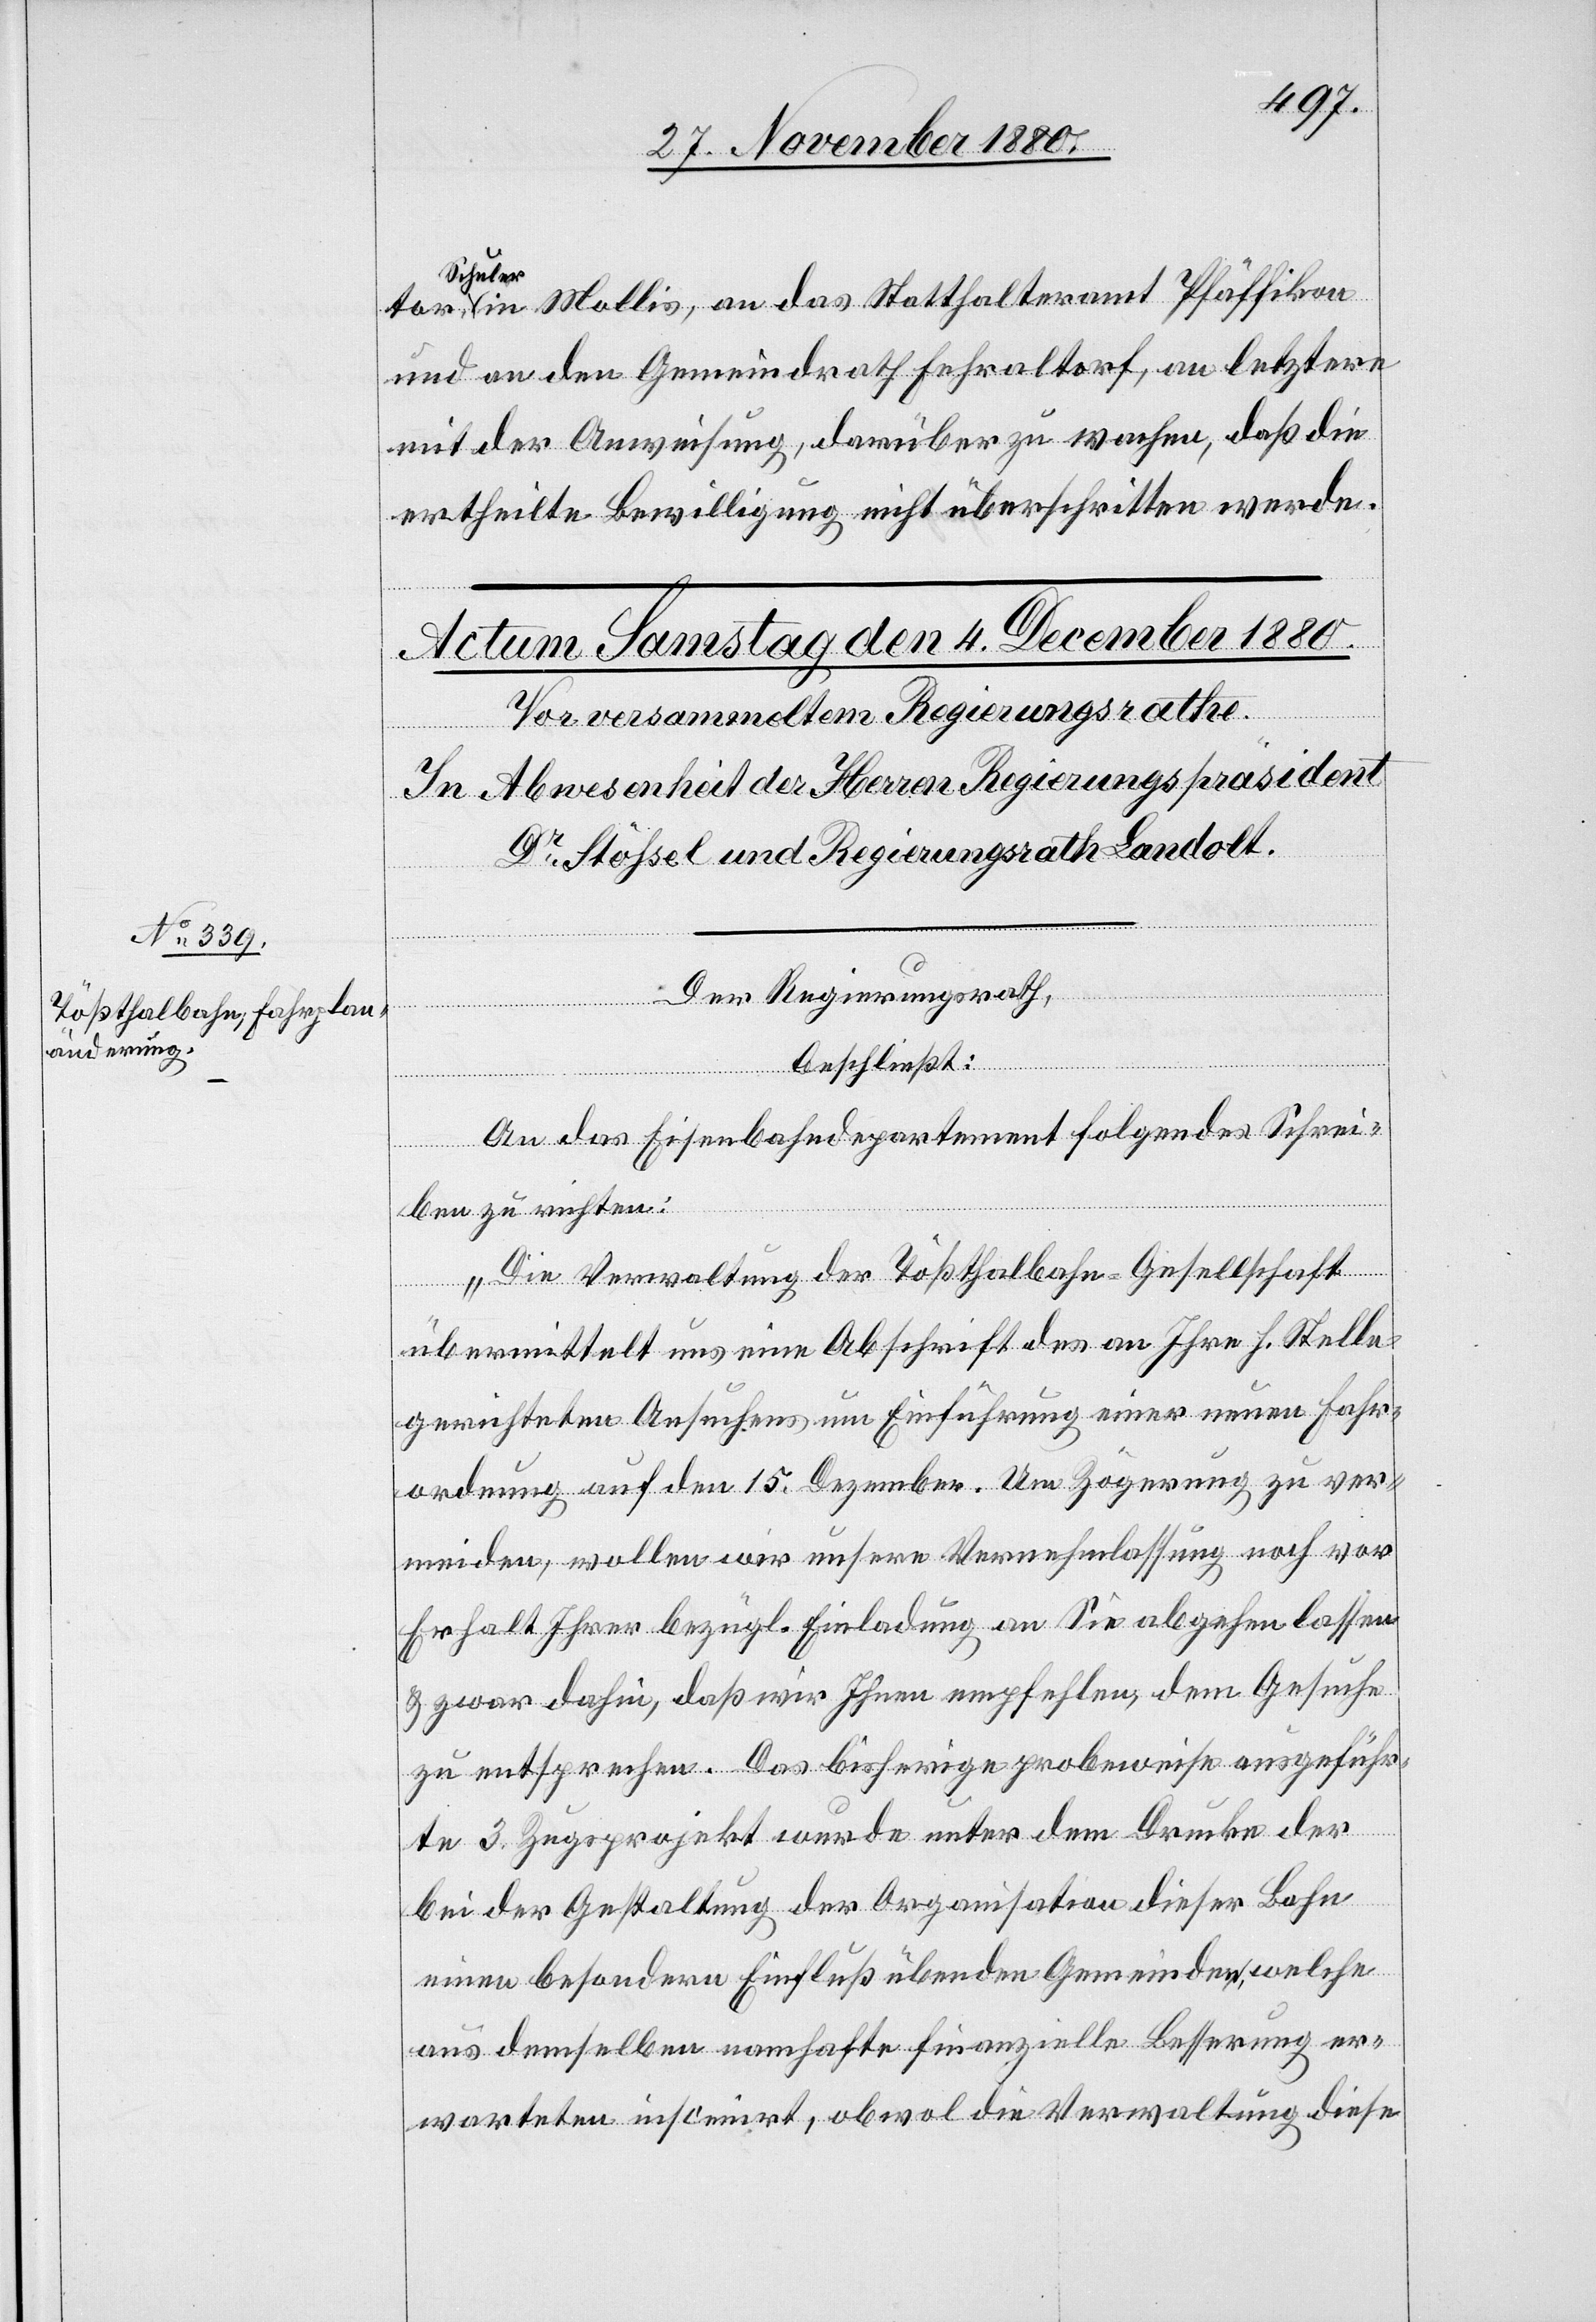
Schuler,
in Mollis, an das Statthalteramt Pfäffikon
und an den Gemeindrath Fehraltorf, an letztern
mit der Anweisung, darüber zu wachen, daß die
ertheilte Bewilligung nicht überschritten werde.
Der Regierungsrath,
beschließt:
An das Eisenbahndepartement folgendes Schrei¬
ben zu richten:
„Die Verwaltung der Tößthalbahn-Gesellschaft
übermittelt uns eine Abschrift des an Ihre h. Stelle
gerichteten Ansuchens um Einführung einer neuen Fahr¬
ordnung auf den 15. Dezember. Um Zögerung zu ver¬
meiden, wollen wir unsere Vernehmlassung noch vor
Erhalt Ihrer bezügl. Einladung an Sie abgehen lassen
& zwar dahin, daß wir Ihnen empfehlen, dem Gesuche
zu entsprechen. Das bisherige probeweise ausgeführ¬
te 3. Zugsprojekt wurde unter dem Drucke der
bei der Gestaltung der Organisation dieser Bahn
einen besondern Einfluß übenden Gemeinde, welche
aus demselben namhafte finanzielle Besserung er¬
warteten inscenirt, obwol die Verwaltung diese